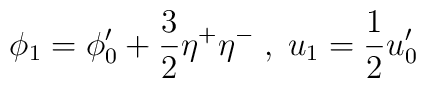
\phi_1  =  \phi'_0+\frac{3}{2}\eta^{+}\eta^{-} \; , \;u_1  =  \frac{1}{2}u'_0